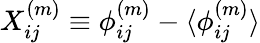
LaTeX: X_{ij}^{(m)}\equiv\phi_{ij}^{(m)}-\langle\phi_{ij}^{(m)}\rangle